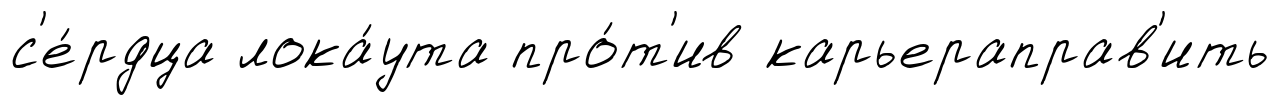
с'е́рдца лока́ута про́т'ив карьераправ'ить